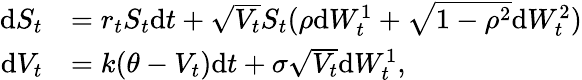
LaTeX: \begin{array}{rl}{\mathrm{d}S_{t}}&{=r_{t}S_{t}\mathrm{d}t+\sqrt{V_{t}}S_{t}(\rho\mathrm{d}W_{t}^{1}+\sqrt{1-\rho^{2}}\mathrm{d}W_{t}^{2})}\\ {\mathrm{d}V_{t}}&{=k(\theta-V_{t})\mathrm{d}t+\sigma\sqrt{V_{t}}\mathrm{d}W_{t}^{1},}\end{array}